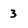
Character: 3